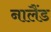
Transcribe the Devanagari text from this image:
नालैंड